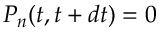
P _ { n } ( t , t + d t ) = 0